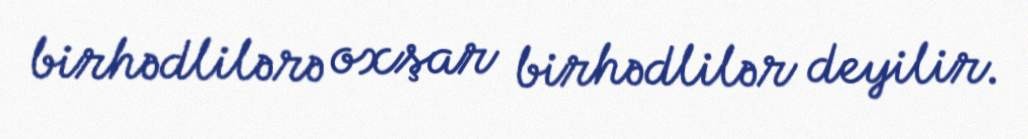
birhədlilərə oxşar birhədlilər deyilir.